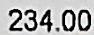
234.00